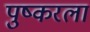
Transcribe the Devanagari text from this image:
पुष्करला